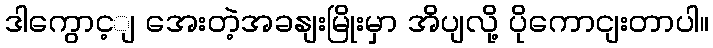
ဒါကွောင့ျ အေးတဲ့အခနျးမြိုးမှာ အိပျလို့ ပိုကောငျးတာပါ။